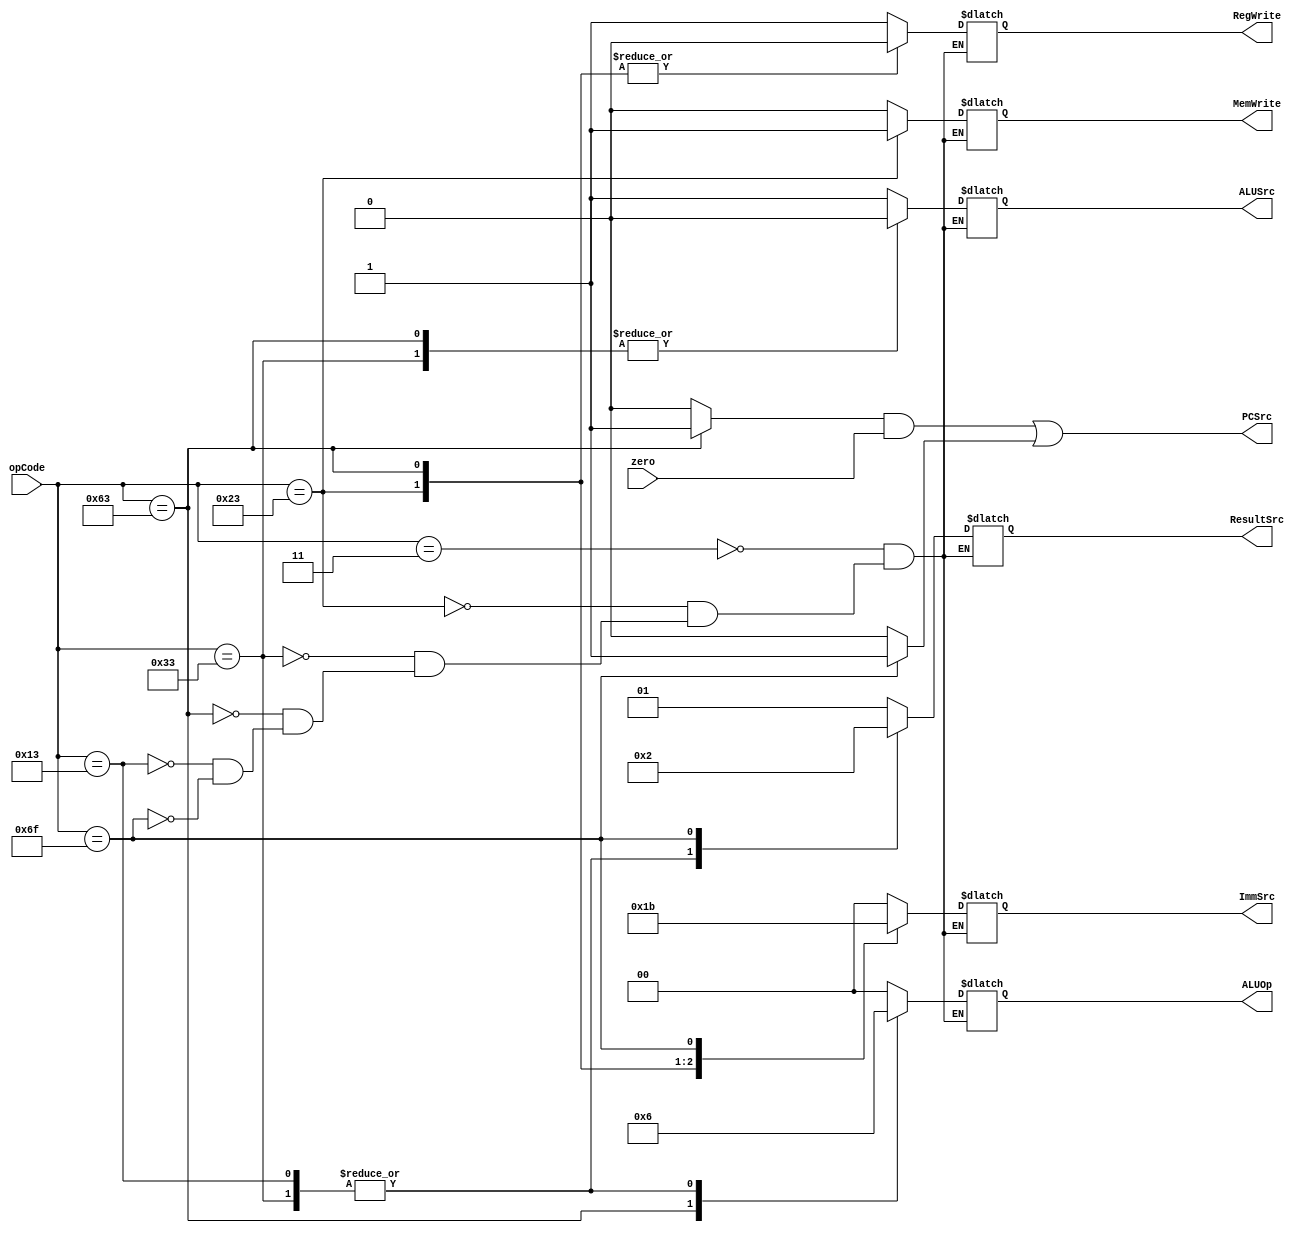
`timescale 1ns / 1ps
//////////////////////////////////////////////////////////////////////////////////
// Company: 
// Engineer: 
// 
// Design Name: 
// Module Name: Main_Decoder
// Project Name: 
// Target Devices: 
// Tool Versions: 
// Description: 
// 
// Dependencies: 
// 
// Revision:
// Revision 0.01 - File Created
// Additional Comments:
// 
//////////////////////////////////////////////////////////////////////////////////


module Main_Decoder(
input [6:0] opCode,
input zero,
output PCSrc,
output reg [1:0] ResultSrc,
output reg MemWrite,
output reg ALUSrc,
output reg [1:0] ImmSrc,
output reg RegWrite,
output reg [1:0] ALUOp
    );
    wire branch,jump;
    
    assign branch = (opCode==7'b1100011)? 1'b1: 1'b0;   // 1100011 => BEQ
    assign jump = (opCode==7'b1101111)? 1'b1: 1'b0;     // 1101111 => JAL
    
    assign PCSrc = (branch&zero) | jump;
    
    always @(*)
    begin
        case(opCode)
            7'b0000011:begin   // 0000011 => load word
                RegWrite <= 1'b1; ImmSrc <= 2'b00; ALUSrc <= 1'b1; MemWrite <= 1'b0; ResultSrc <= 2'b01; ALUOp <= 2'b00; 
            end
            7'b0100011:begin   // 0100011 => store word
                 RegWrite <= 1'b0; ImmSrc <= 2'b01; ALUSrc <= 1'b1; MemWrite <= 1'b1; ResultSrc <= 2'bxx; ALUOp <= 2'b00; 
            end
            7'b0110011:begin   // 0110011 => R Type
                 RegWrite <= 1'b1; ImmSrc <= 2'bxx; ALUSrc <= 1'b0; MemWrite <= 1'b0; ResultSrc <= 2'b00; ALUOp <= 2'b10; 
            end  
            7'b1100011:begin   // 1100011 => beq
                 RegWrite <= 1'b0; ImmSrc <= 2'b10; ALUSrc <= 1'b0; MemWrite <= 1'b0; ResultSrc <= 2'bxx; ALUOp <= 2'b01; 
            end  
            7'b0010011:begin   // 0010011 => I-type ALU
                 RegWrite <= 1'b1; ImmSrc <= 2'b00; ALUSrc <= 1'b1; MemWrite <= 1'b0; ResultSrc <= 2'b00; ALUOp <= 2'b10; 
            end  
            7'b1101111:begin   // 0010011 => JAL
                 RegWrite <= 1'b1; ImmSrc <= 2'b11; ALUSrc <= 1'bx; MemWrite <= 1'b0; ResultSrc <= 2'b10; ALUOp <= 2'bxx; 
            end                              
        endcase
    end
    
endmodule